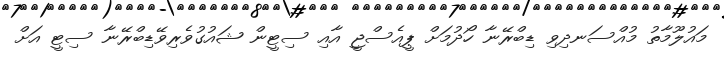
މައުލޫމާތު މުއްސަނދިވި ޑިބްރޭނާ ހޯދުމަށް ޕީއެސްޖީ އާއި ސިޓީން ޝައުގުވެރިވޭޑިބްރޭނާ ސިޓީ އަށް